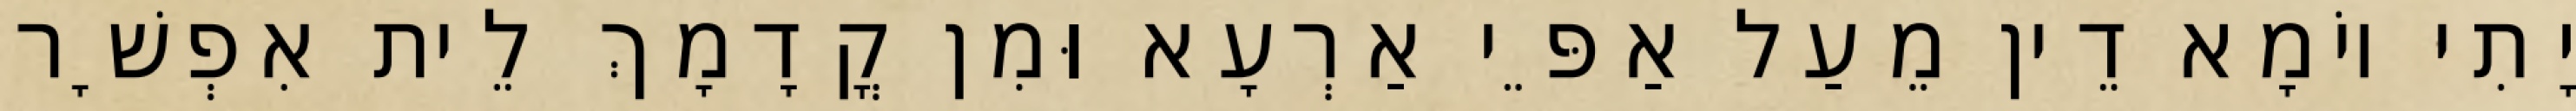
יָתִי יוֹמָא דֵין מֵעַל אַפֵּי אַרְעָא וּמִן קֳדָמָךְ לֵית אִפְשָׁר